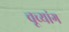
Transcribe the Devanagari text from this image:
चूच्यांग